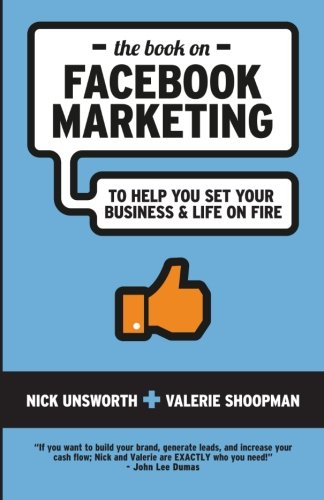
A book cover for The Book on Facebook Marketing: To Help You Set Your Business & Life On Fire; Nick Unsworth; Computers & Technology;